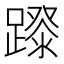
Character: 𨄛